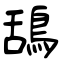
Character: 鴰